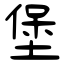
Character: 堡